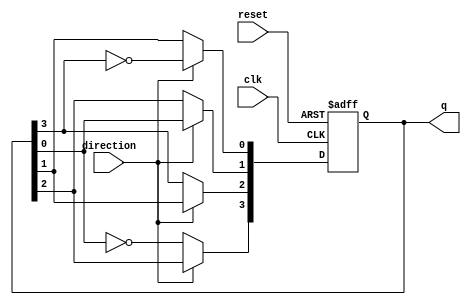
module bidirectional_johnson_counter (
    input wire clk,               // Clock input
    input wire reset,             // Asynchronous reset
    input wire direction,         // Direction control (1 for up, 0 for down)
    output reg [3:0] q            // Output state (4 bits for a 4-stage counter)
);

    // Always block triggered on the clock edge or reset
    always @(posedge clk or posedge reset) begin
        if (reset) begin
            // Asynchronous reset to 0
            q <= 4'b0000;
        end else begin
            // Bidirectional counting logic
            if (direction) begin
                // Counting Up
                q[3] <= q[2]; // Shift left
                q[2] <= q[1];
                q[1] <= q[0];
                q[0] <= ~q[3]; // Feedback from the last flip-flop
            end else begin
                // Counting Down
                q[0] <= q[1]; // Shift right
                q[1] <= q[2];
                q[2] <= q[3];
                q[3] <= ~q[0]; // Feedback from the first flip-flop
            end
        end
    end
endmodule